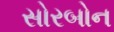
સોરબોન